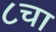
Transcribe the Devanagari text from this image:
८चा